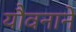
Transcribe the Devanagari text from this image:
यौवनाने